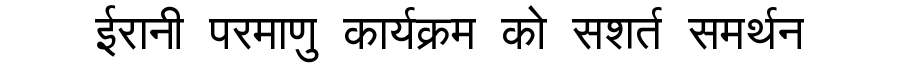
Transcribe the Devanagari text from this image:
ईरानी परमाणु कार्यक्रम को सशर्त समर्थन